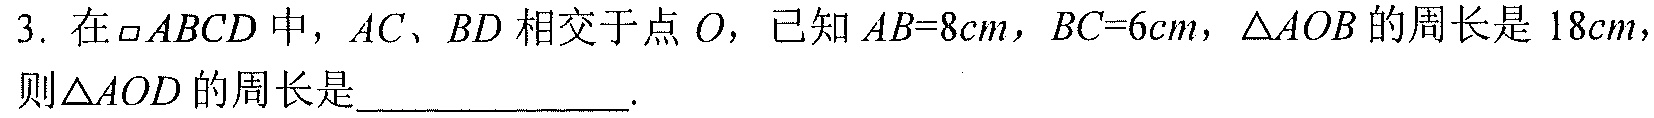
3. 在$\square ABCD$中，$AC$、$BD$相交于点$O$，已知$AB = 8cm$，$BC = 6cm$，$\triangle AOB$的周长是$18cm$，
则$\triangle AOD$的周长是____________.